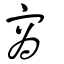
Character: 寪